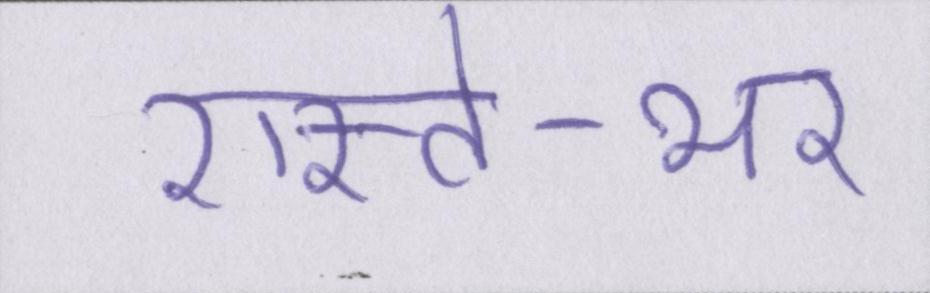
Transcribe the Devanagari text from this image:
रास्ते-भर